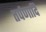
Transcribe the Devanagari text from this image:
तर्पणादि